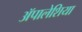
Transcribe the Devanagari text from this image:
ॲपालेशिया